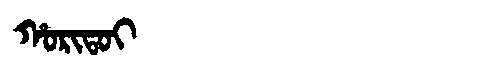
Manchu: ᡥᠣᡵᡳᡨᠣᡳ
Romanization: HORITOI